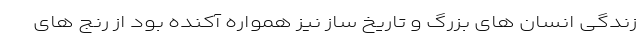
زندگی انسان های بزرگ و تاریخ ساز نیز همواره آکنده بود از رنج های